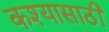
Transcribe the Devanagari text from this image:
कश्यासाठी